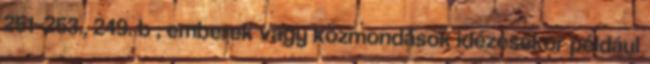
251–253., 249. b , emberek vagy közmondások idézésekor például